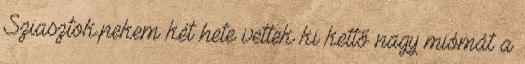
Sziasztok,nekem két hete vettek ki kettő nagy miómát a